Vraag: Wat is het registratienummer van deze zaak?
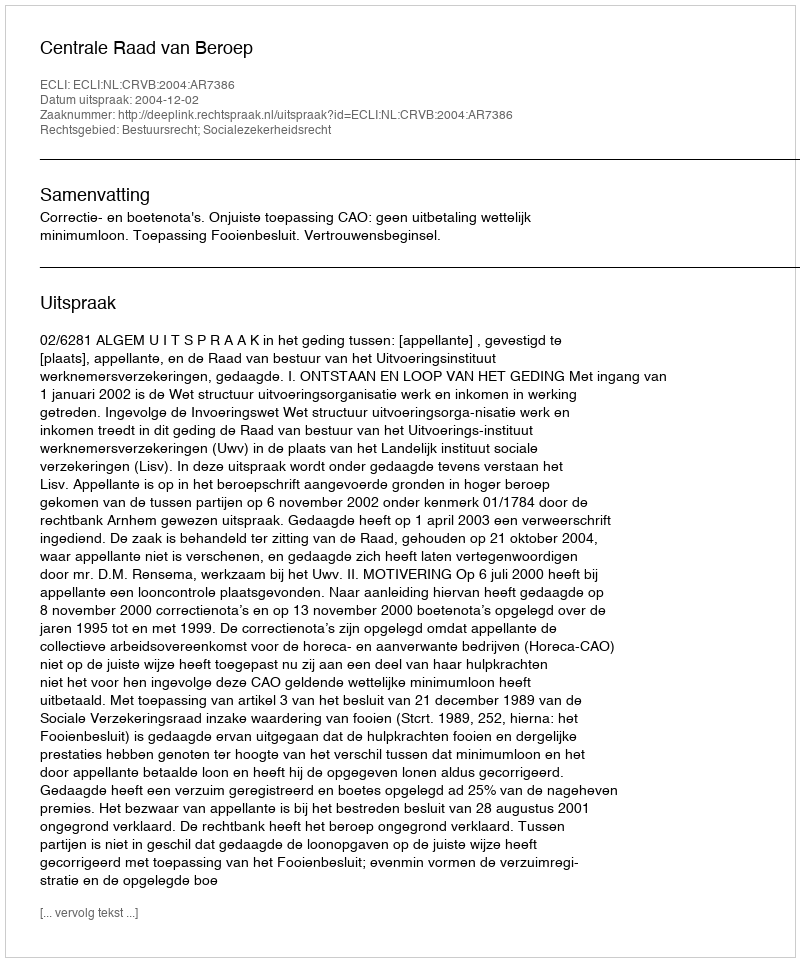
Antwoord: http://deeplink.rechtspraak.nl/uitspraak?id=ECLI:NL:CRVB:2004:AR7386